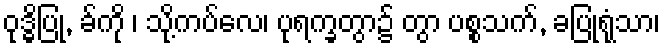
ဝုဒ္ဓိပြု, ခ်ကို ၊ သို့ကပ်လေ၊ ပုရက္ခတွာ၌ တွာ ပစ္စသက်, ခပြုရုံသာ၊